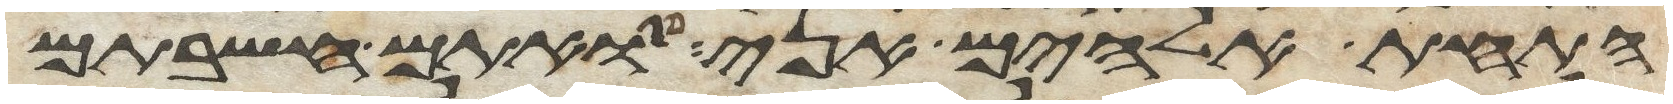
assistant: התחת אלהים אני אתם חשבתם